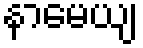
နာမေယျ